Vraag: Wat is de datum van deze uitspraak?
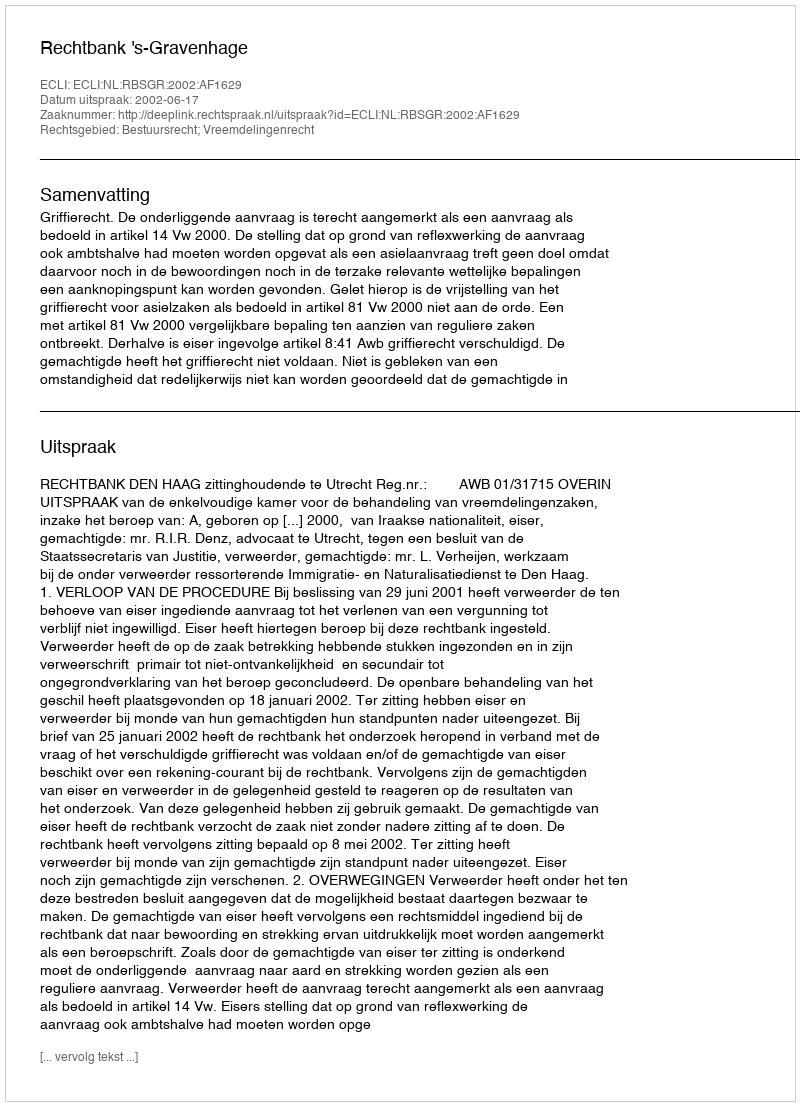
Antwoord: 2002-06-17